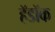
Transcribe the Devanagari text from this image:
हॅडॉक